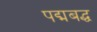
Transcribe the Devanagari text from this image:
पद्मबद्ध